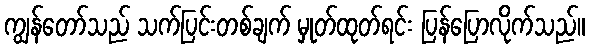
ကျွန်တော်သည် သက်ပြင်းတစ်ချက် မှုတ်ထုတ်ရင်း ပြန်ပြောလိုက်သည်။